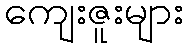
ကျေးဇူးများ